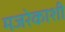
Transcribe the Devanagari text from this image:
मजरेकाशी